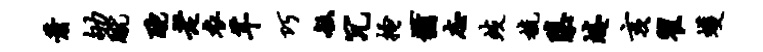
萧劬蹴酡老衣芊巧敏冗搔一犹志歧梳隳蜷亥翟蠖